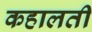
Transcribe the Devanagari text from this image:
कहालती